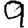
Digit: 9